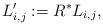
LaTeX: \begin{align*}L_{i,j}':= R^* L_{i,j},\end{align*}